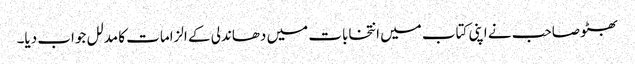
بھٹو صاحب نے اپنی کتاب میں انتخابات میں دھاندلی کے الزامات کا مدلل جواب دیا۔